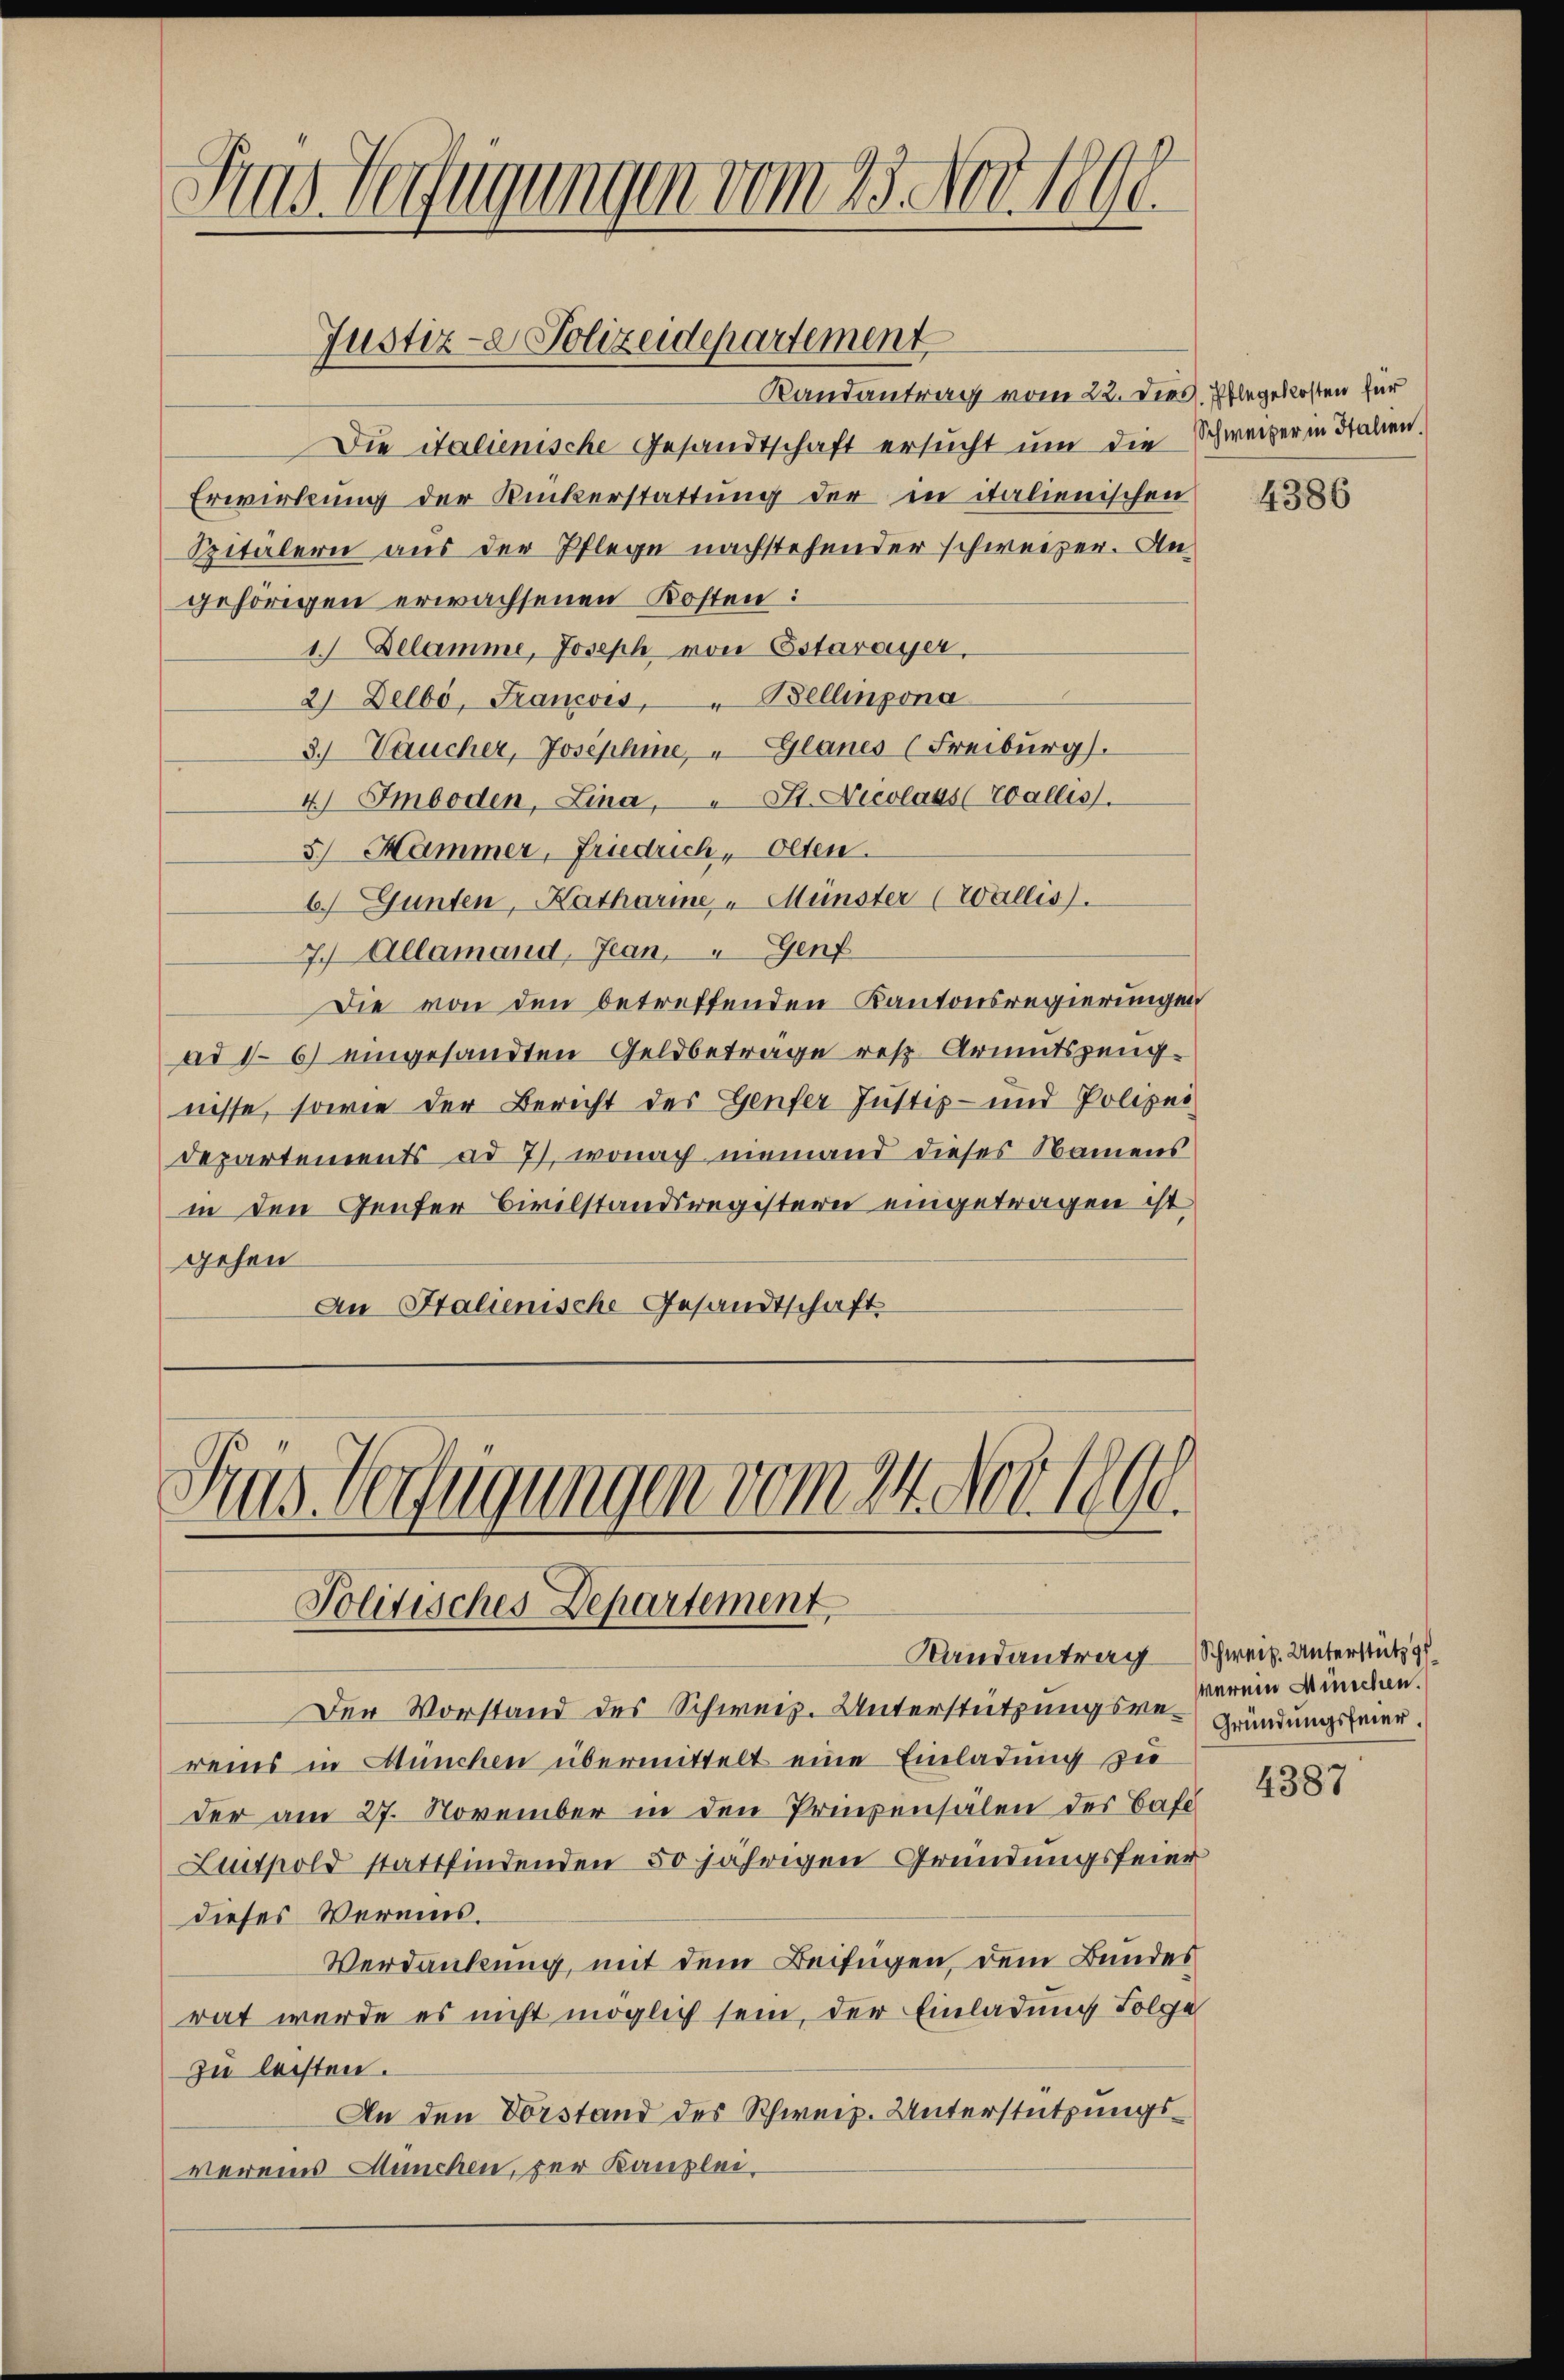
2
Ans Verfügungen vom 23. Nov. 1890.

Justiz- & Polizeidepartement

Randantrag vom 22. Dies. Pflegekosten für
Die italienische Gesandtschaft ersucht um die Schweizer in Stalien.
Erwirkung der Ruckerstattung der in italienischen
Spitälern aus der Pflege nachstehender schweizer. An
gehörigen erwachsenen Kosten:
1. Delamme, Joseph von Estavayer,
2 Delbo, Francois, " Bellinzona
3.) Laucher, Josephine, Glanes (Freiburg).
4) Imboden, Lina, " St. Nicolaus (Wallis.
3.) Hammer, Friedrich, Olten.
6.) Gunten, Katharine Münster (Wallis).
7. Allamand, Jean, " Genf
Die von den betreffenden Kantonsregierungen
ad 16) eingesandten Geldbetrage resp. Armutszeugnisse, sowie der Bericht des Genfer Justiz- und Polizei
Departements ad 7), wonach niemand dieses Namens
in den Genter Civilstandsregistern eingetragen ist
gehen
An Stalienische Gesandtschaft

Aus Verfügungen vom 24. Nov. 1890.
Politisches Departement
Randantrag Schweiz. Unterstütz

Der Vorstand des Schweiz. Unterstützungswereins in München übermittelt eine Einladung zu
der am 27. November in den Prinzensälen des Cafe
Lunpold stattfindenden 50 jährigen Gründungsfeier
dieses Vereins.
Verdankung, mit dem Beifügen, dem Bundes
rat werde es nicht möglich sein, der Einladung Folge
zu leisten.
An den Vorstand des Schweiz. Unterstützungsvereins München, zur Kanzlei-

4386

wernen Minischen.
Gründungsfeier.

4387